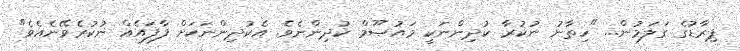
ޕިރާޑުގެ ގަލަމުން... "ހިތާނު ނުކުރާ ކުދިންނަކީ މައުޞޫމް ކުދިންނެވެ. އެކުދިންނަކަށް ފާފައެއް ނުކުރެވޭނެއެވެ"